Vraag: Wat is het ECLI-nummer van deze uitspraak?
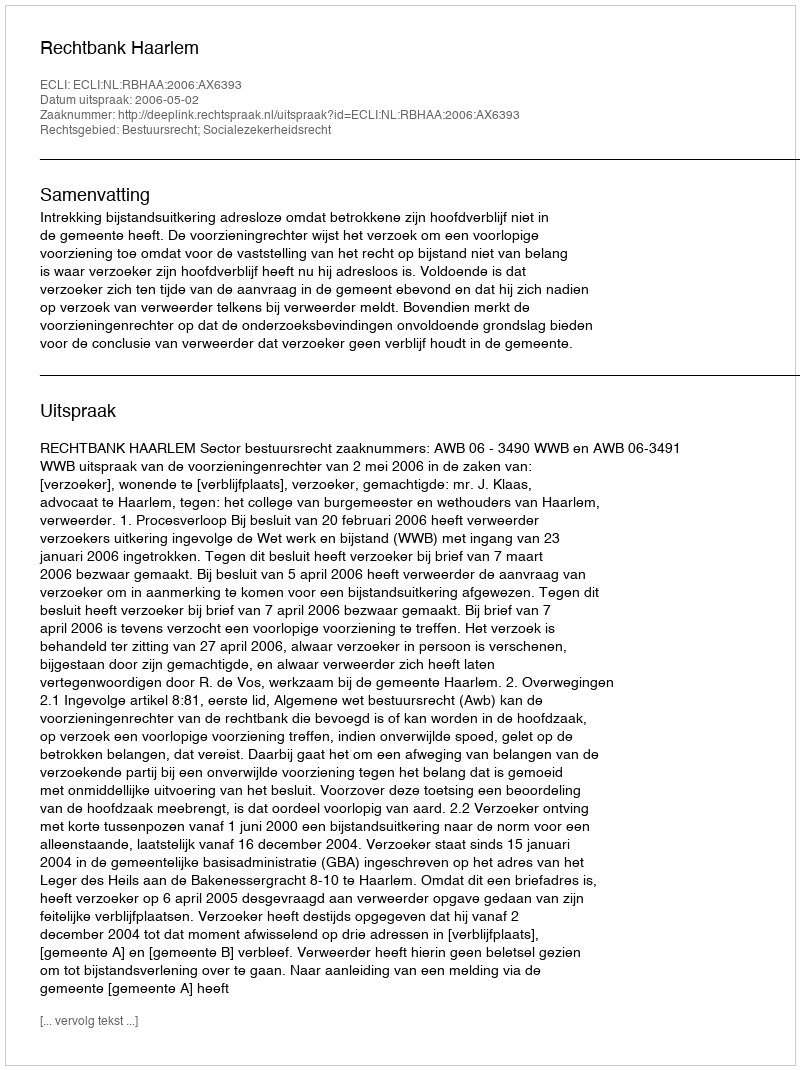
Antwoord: ECLI:NL:RBHAA:2006:AX6393